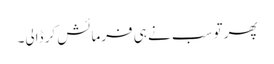
پھر تو سب نے ہی فرمائش کر ڈالی۔